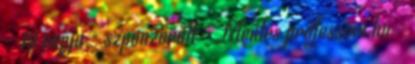
- 19 napja - szponzorált - Mentés profession.hu -